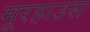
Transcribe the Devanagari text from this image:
मूरहाउस